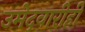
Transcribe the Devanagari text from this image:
उमेदवारीही